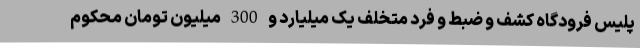
پلیس فرودگاه کشف و ضبط و فرد متخلف یک میلیارد و 300 میلیون تومان محکوم